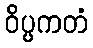
ဝိပ္ပကတံ